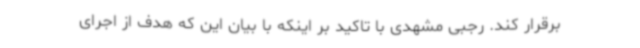
برقرار کند. رجبی مشهدی با تاکید بر اینکه با بیان این که هدف از اجرای